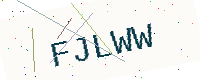
Text: FJLWW